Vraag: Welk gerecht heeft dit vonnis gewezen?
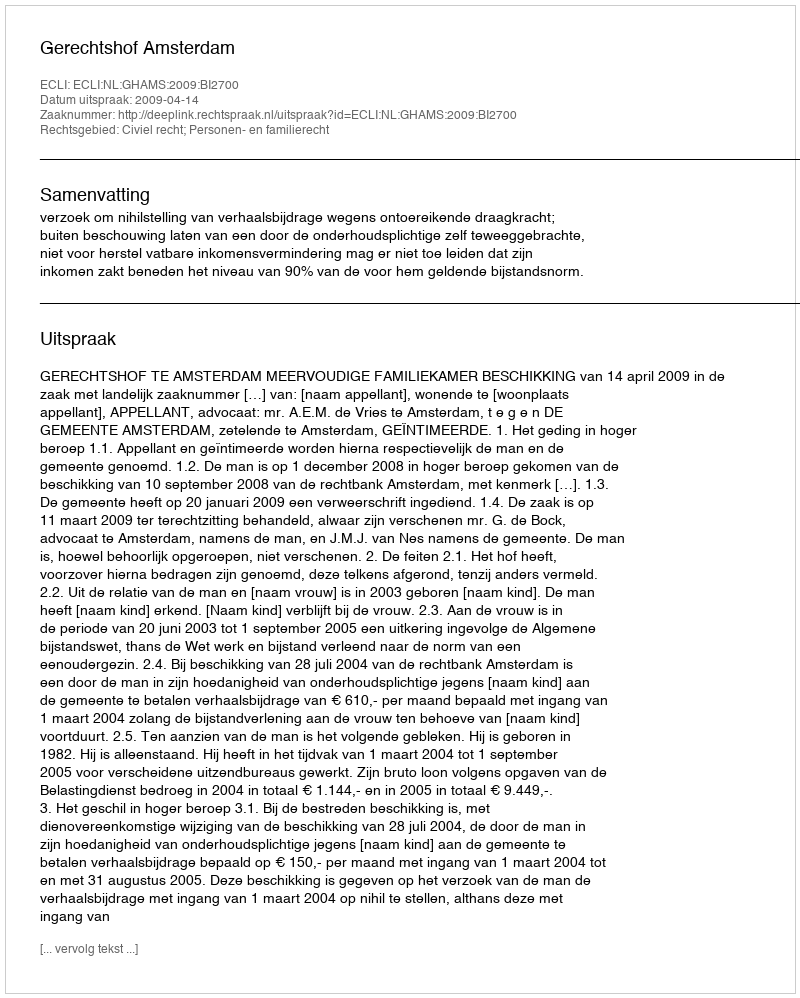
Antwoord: Gerechtshof Amsterdam